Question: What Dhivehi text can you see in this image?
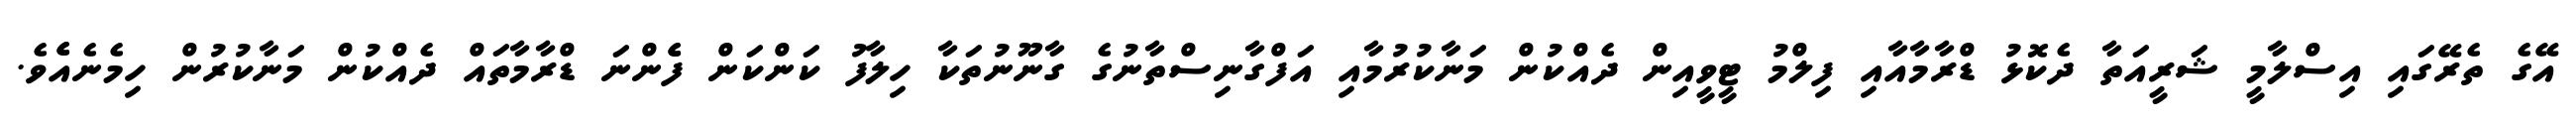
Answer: އޭގެ ތެރޭގައި އިސްލާމީ ޝަރީއަތާ ދެކޮޅު ޑްރާމާއާއި ފިލްމު ޓީވީއިން ދެއްކުން މަނާކުރުމާއި އަފްގާނިސްތާނުގެ ގާނޫނުތަކާ ހިލާފު ކަންކަން ފެެންނަ ޑްރާމާތައް ދެއްކުން މަނާކުރުން ހިމެނެއެެވެ.